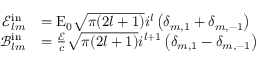
\begin{array} { r l } { \mathcal { E } _ { l m } ^ { \mathrm { i n } } } & { = \mathrm { E } _ { 0 } \sqrt { \pi ( 2 l + 1 ) } i ^ { l } \left( \delta _ { m , 1 } + \delta _ { m , - 1 } \right) } \\ { \mathcal { B } _ { l m } ^ { \mathrm { i n } } } & { = \frac { \mathcal { E } } { c } \sqrt { \pi ( 2 l + 1 ) } i ^ { l + 1 } \left( \delta _ { m , 1 } - \delta _ { m , - 1 } \right) } \end{array}